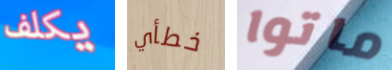
يكلف خطأي ماتوا